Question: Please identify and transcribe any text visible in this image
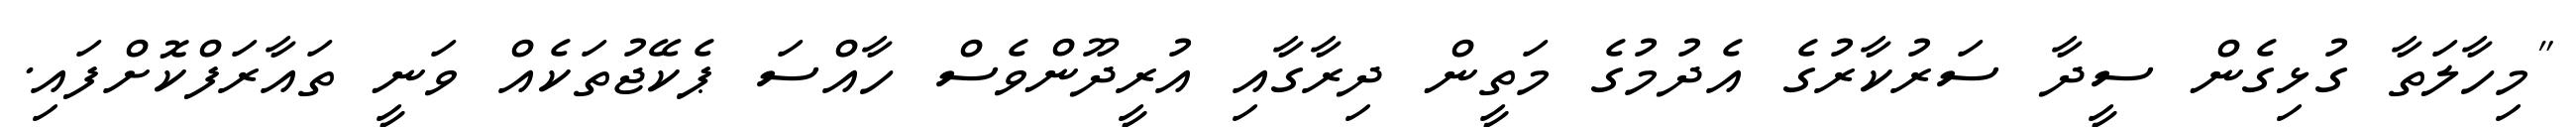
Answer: "މިހާލަތާ ގުޅިގެން ސީދާ ސަރުކާރުގެ އެދުމުގެ މަތީން ދިރާގާއި އުރީދޫންވެސް ހާއްސަ ޕެކޭޖުތަކެއް ވަނީ ތައާރަފްކޮށްފައި.